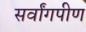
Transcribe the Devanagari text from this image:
सर्वांगपीण